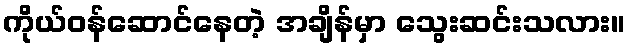
ကိုယ်ဝန်ဆောင်နေတဲ့ အချိန်မှာ သွေးဆင်းသလား။